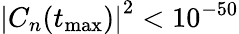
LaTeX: \left\vert C_{n}(t_{\mathrm{max}})\right\vert^{2}<10^{-50}